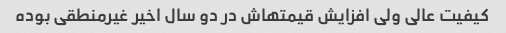
کیفیت عالی ولی افزایش قیمتهاش در دو سال اخیر غیرمنطقی بوده